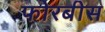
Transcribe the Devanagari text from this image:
फोरबीस